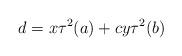
LaTeX: \begin{align*}d=x\tau^2(a)+cy\tau^2(b) \end{align*}